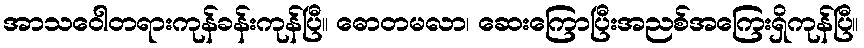
အာသဝေါတရားကုန်ခန်းကုန်ပြီ။ ဓောတမလာ၊ ဆေးကြောပြီးအညစ်အကြေးရှိကုန်ပြီ။